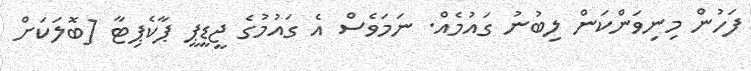
ފަހުން މިނިވަންކަން ލިބުނު ގައުމެއް. ނަމަވެސް އެ ގައުމުގެ ޖީޑީޕީ ޕާކެޕިޓާ [ބޮލަކަށް